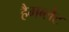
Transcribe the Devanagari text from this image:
हैमब्लेट